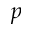
p